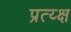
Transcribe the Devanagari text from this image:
प्रत्य्क्ष